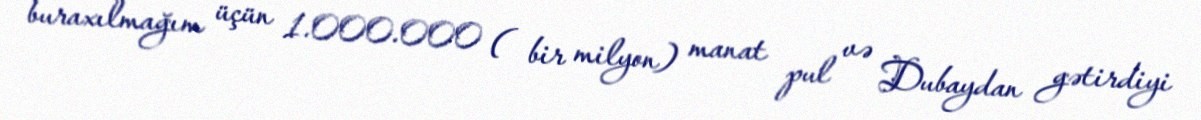
buraxılmağım üçün 1.000.000 ( bir milyon) manat pul və Dubaydan gətirdiyi